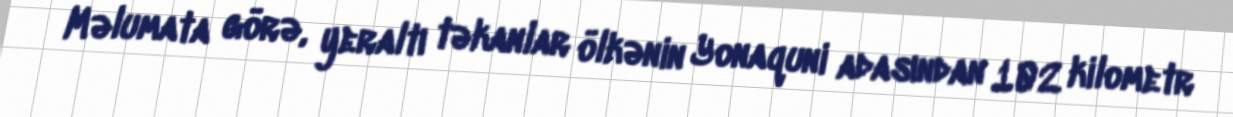
Məlumata görə, yeraltı təkanlar ölkənin Yonaquni adasından 102 kilometr